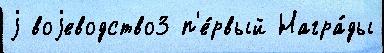
j воjеводство3 п'е́рвый Награ́ды